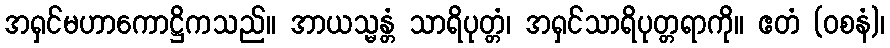
အရှင်မဟာကောဋ္ဌိကသည်။ အာယသ္မန္တံ သာရိပုတ္တံ၊ အရှင်သာရိပုတ္တရာကို။ ဧတံ (ဝစနံ)၊